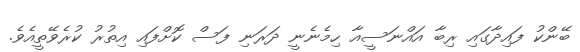
ބޭންކު ފައިދާގައި ރިބާ އައްނަސީއާ ހިމެނެނީ ދަރަނި ފަސް ކޮށްފައި އިތުރު ކުރެވޭތީއެވެ.